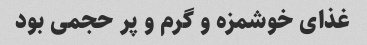
غذای خوشمزه و گرم و پر حجمی بود